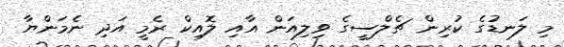
މި ލަނޑުގެ ކުރިން ޗެލްސީގެ ވިލިއަން އާއި ލޮއިކް ރެމީ އަދި ނެމަންޔާ